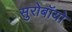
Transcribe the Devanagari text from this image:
सुरोबॉयो